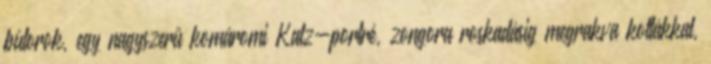
bútorok, egy nagyszerű komáromi Katz-portré, zongora roskadásig megrakva kottákkal,